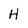
Character: H